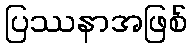
ပြဿနာအဖြစ်